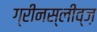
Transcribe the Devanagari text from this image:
ग्रीनस्लीव्ज़